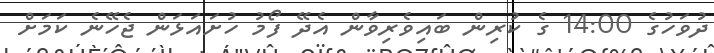
ދުވަހުގެ 14:00 ގެ ކުރިން ބައިވެރިވާން އެދޭ ފޯމު ހުށައަޅަން ޖެހޭނެ ކަމަށް